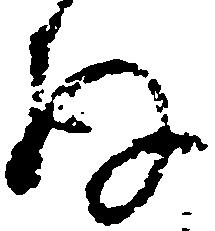
存